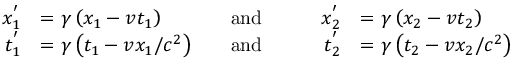
{ \begin{array} { r l r l r l } { x _ { 1 } ^ { ' } } & { = \gamma \left( x _ { 1 } - v t _ { 1 } \right) } & { \quad \mathrm { a n d } \quad } & { } & { x _ { 2 } ^ { ' } } & { = \gamma \left( x _ { 2 } - v t _ { 2 } \right) } \\ { t _ { 1 } ^ { ' } } & { = \gamma \left( t _ { 1 } - v x _ { 1 } / c ^ { 2 } \right) } & { \quad \mathrm { a n d } \quad } & { } & { t _ { 2 } ^ { ' } } & { = \gamma \left( t _ { 2 } - v x _ { 2 } / c ^ { 2 } \right) } \end{array} }